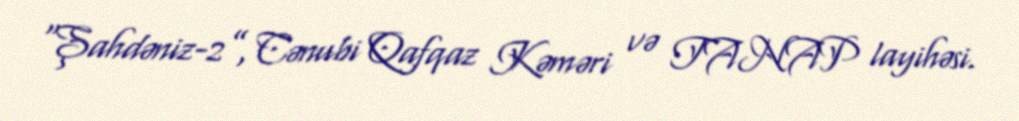
“Şahdəniz-2”, Cənubi Qafqaz Kəməri və TANAP layihəsi.